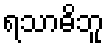
ရသာဓိဘူ